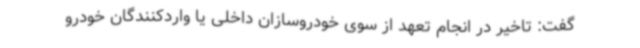
گفت: تاخیر در انجام تعهد از سوی خودروسازان داخلی یا واردکنندگان خودرو